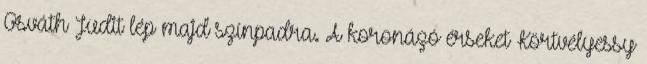
Osváth Judit lép majd színpadra. A koronázó érseket Körtvélyessy